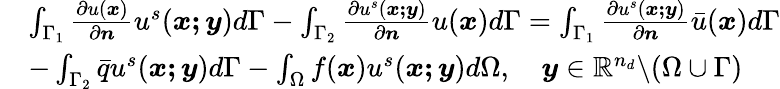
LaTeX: \begin{array}{rl}&{\int_{\Gamma_{1}}\frac{\partial u(\boldsymbol{x})}{\partial\boldsymbol{n}}u^{s}(\boldsymbol{x;y})d\Gamma-\int_{\Gamma_{2}}\frac{\partial u^{s}(\boldsymbol{x;y})}{\partial\boldsymbol{n}}u(\boldsymbol{x})d\Gamma=\int_{\Gamma_{1}}\frac{\partial u^{s}(\boldsymbol{x;y})}{\partial\boldsymbol{n}}\bar{u}(\boldsymbol{x})d\Gamma}\\ &{-\int_{\Gamma_{2}}\bar{q}u^{s}(\boldsymbol{x;y})d\Gamma-\int_{\Omega}f(\boldsymbol{x})u^{s}(\boldsymbol{x;y})d\Omega,\quad\boldsymbol{y}\in\mathbb{R}^{n_{d}}\backslash(\Omega\cup\Gamma)}\end{array}